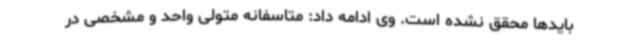
بایدها محقق نشده است. وی ادامه داد: متاسفانه متولی واحد و مشخصی در